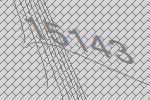
15143